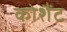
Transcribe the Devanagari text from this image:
कोशैंट